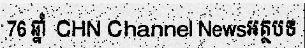
76 ឆ្នាំ  CHN Channel Newsអត្ថបទ